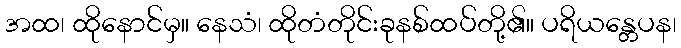
အထ၊ ထိုနောင်မှ။ နေသံ၊ ထိုတံတိုင်းခုနစ်ထပ်တို့၏။ ပရိယန္တေပန၊